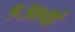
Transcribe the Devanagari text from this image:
१३७वां